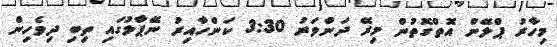
މިހާރު ޕްލޭން އޮތްގޮތުން މިރޭ ދަންވަރު 3:30 ކަންހާއިރު ނޭޕާލުގައި ތިބި ދިވެހިން